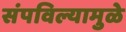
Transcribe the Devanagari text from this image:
संपविल्यामुळे